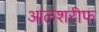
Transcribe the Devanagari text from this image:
आलशरीफ